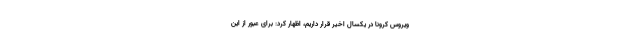
ویروس کرونا در یکسال اخیر قرار داریم، اظهار کرد: برای عبور از این